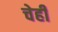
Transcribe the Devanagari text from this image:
चेही